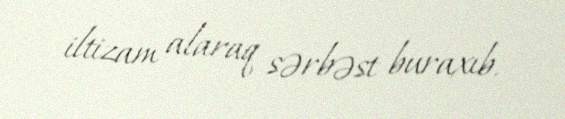
iltizam alaraq sərbəst buraxıb.